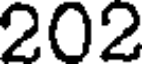
202